Voisiku_vallavalitsus, lk 321
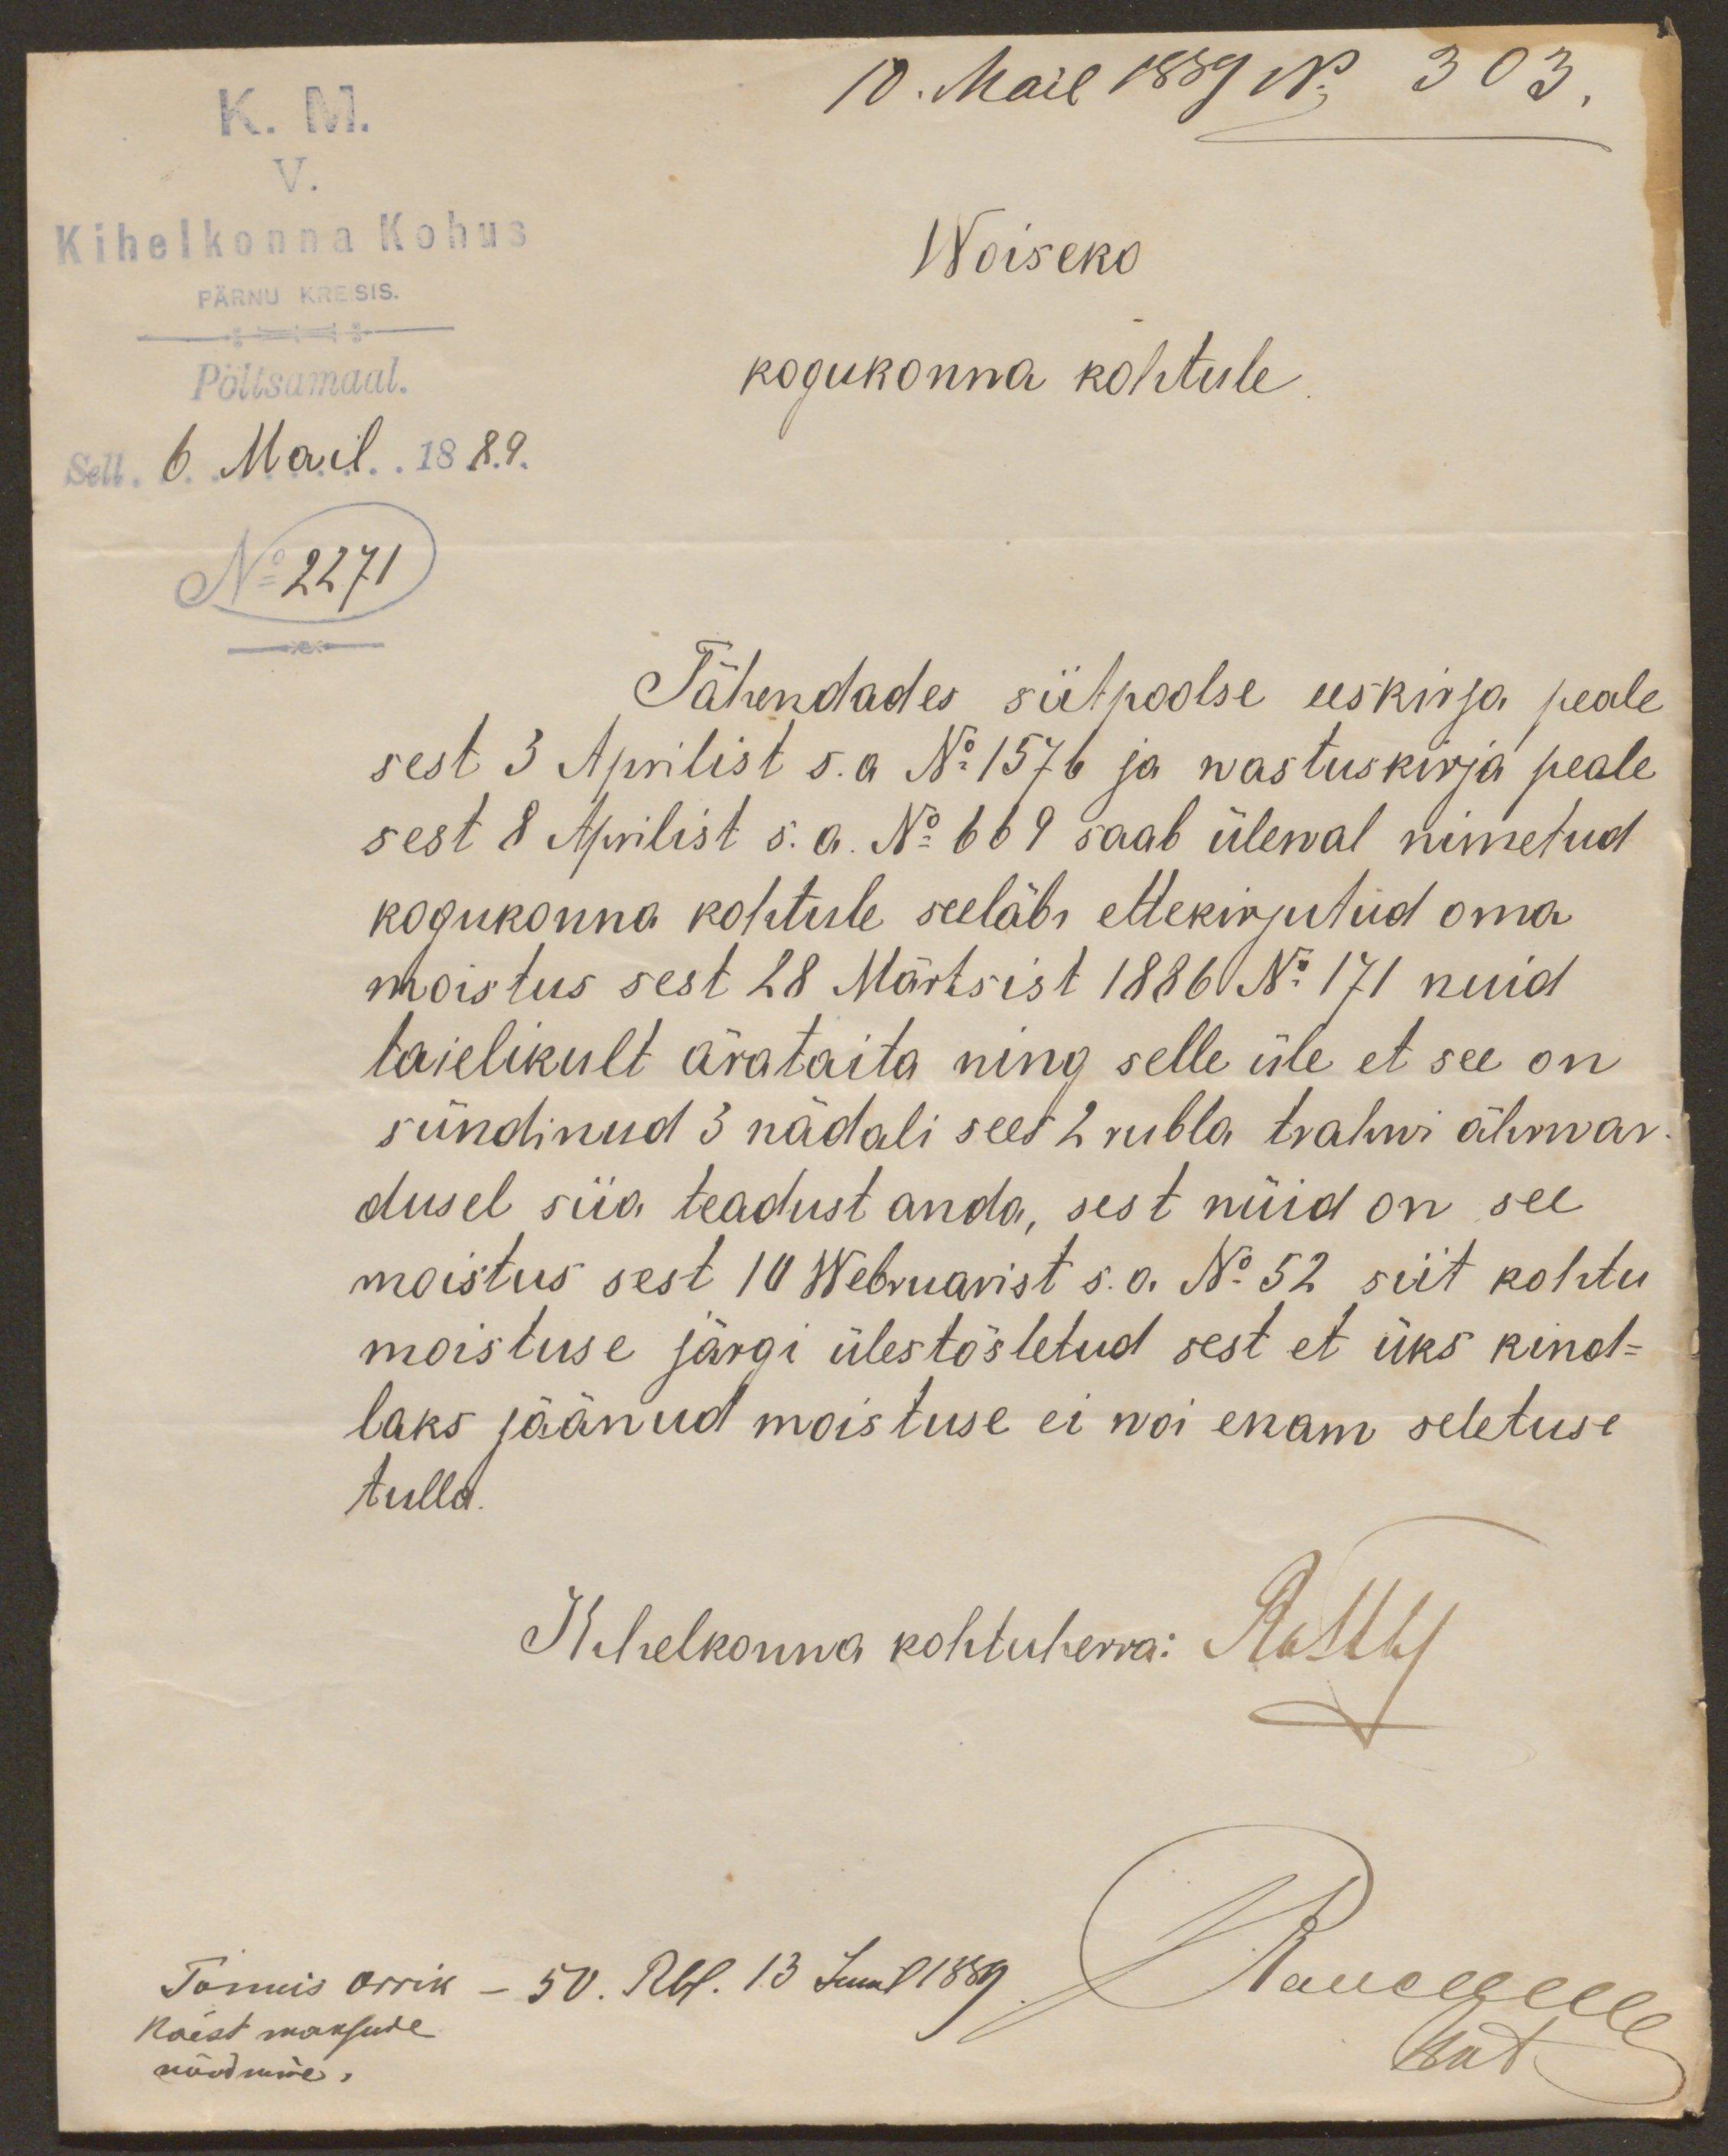
K. M.
10. Mail 1889 No 303.
V.
Kihelkonna Kohus
Woiseko
PÄRNU KREISIS
Põltsamaal.
kogukonna kohtule
Sell 6 Mail 1889.
No 2271
Tähendades siitpoolse eeskirja peale
sest 3 Aprilist s.a. No 1576 ja wastuskirja peale
sest 8 Aprilist s.a. No 669 saab ülewal nimetud
kogukonna kohtule seeläbi ettekirjutud oma
moistus sest 28 Märtsist 1886 No 171 nuid
taielikult ärataita ning selle üle et see on
sündinud 3 nädali sees 2 rubla trahwi ähwar-
dusel siia teadust anda, sest nüid on see
moistus sest 10 Webruarist s.a No 52 siit kohtu
moistuse järgi ülestõstetud sest et üks kind-
laks jäänud moistuse ei woi enam seletuse
tulla.
Kihelkonna kohtuherra: Rathby
Tõnnis Orrik
50. Rbl. 13 Juul 1889.
Колоцелия
käest maksude
nõudmine.
kit